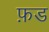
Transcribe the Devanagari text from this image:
फ़ड